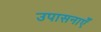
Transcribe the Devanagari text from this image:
उपासनाएँ